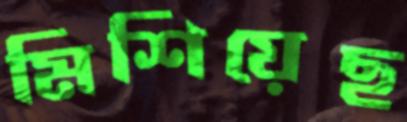
মিশিয়েছ